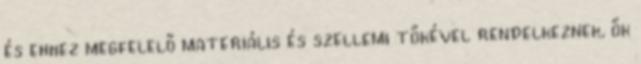
és ehhez megfelelő materiális és szellemi tőkével rendelkeznek, ők